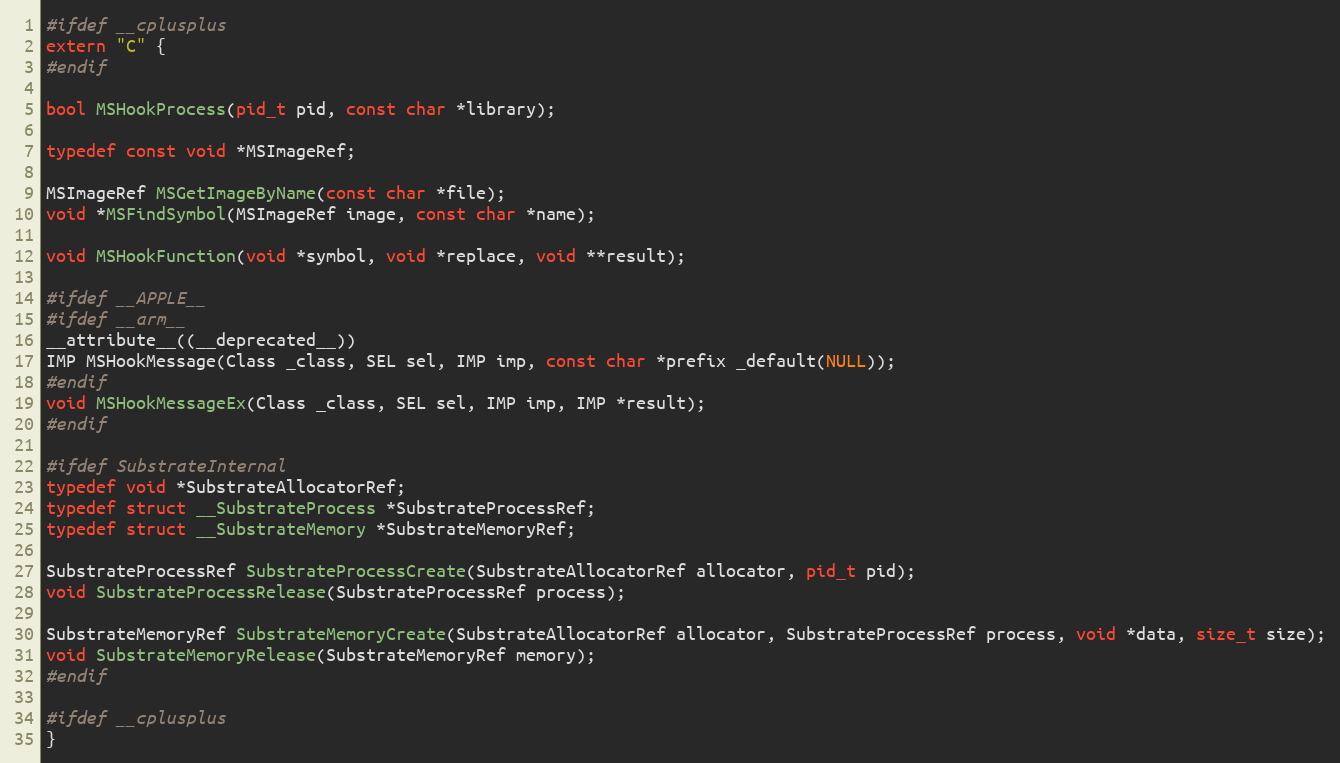
Language: C
#ifdef __cplusplus
extern "C" {
#endif

bool MSHookProcess(pid_t pid, const char *library);

typedef const void *MSImageRef;

MSImageRef MSGetImageByName(const char *file);
void *MSFindSymbol(MSImageRef image, const char *name);

void MSHookFunction(void *symbol, void *replace, void **result);

#ifdef __APPLE__
#ifdef __arm__
__attribute__((__deprecated__))
IMP MSHookMessage(Class _class, SEL sel, IMP imp, const char *prefix _default(NULL));
#endif
void MSHookMessageEx(Class _class, SEL sel, IMP imp, IMP *result);
#endif

#ifdef SubstrateInternal
typedef void *SubstrateAllocatorRef;
typedef struct __SubstrateProcess *SubstrateProcessRef;
typedef struct __SubstrateMemory *SubstrateMemoryRef;

SubstrateProcessRef SubstrateProcessCreate(SubstrateAllocatorRef allocator, pid_t pid);
void SubstrateProcessRelease(SubstrateProcessRef process);

SubstrateMemoryRef SubstrateMemoryCreate(SubstrateAllocatorRef allocator, SubstrateProcessRef process, void *data, size_t size);
void SubstrateMemoryRelease(SubstrateMemoryRef memory);
#endif

#ifdef __cplusplus
}